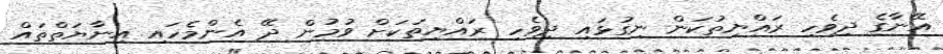
އޭނާގެ ދިވެހި ރައްޔިތުކަން ނިގުޅައި ދިވެހި ރައްޔިތަކަށް ވުމުން ދޭ އެންމެހައި އިނާޔަތްތައް